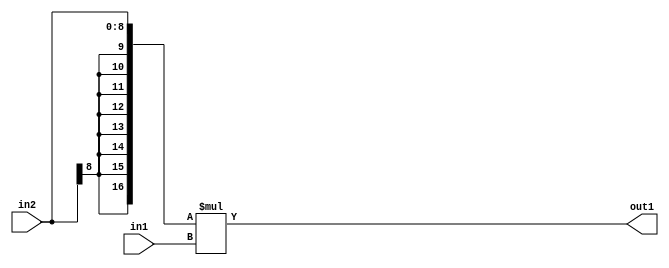
`timescale 1ps / 1ps
/*****************************************************************************
    Verilog RTL Description
    
    
    Created by: Stratus DpOpt 2019.1.01 
*******************************************************************************/

module SobelFilter_Mul_9Sx8U_17S_1 (
	in2,
	in1,
	out1
	); /* architecture "behavioural" */ 
input [8:0] in2;
input [7:0] in1;
output [16:0] out1;
wire [16:0] asc001;

assign asc001 = 
	+({{8{in2[8]}}, in2} * in1);

assign out1 = asc001;
endmodule

/* CADENCE  ubDyQgk= : u9/ySgnWtBlWxVPRXgAZ4Og= ** DO NOT EDIT THIS LINE ******/